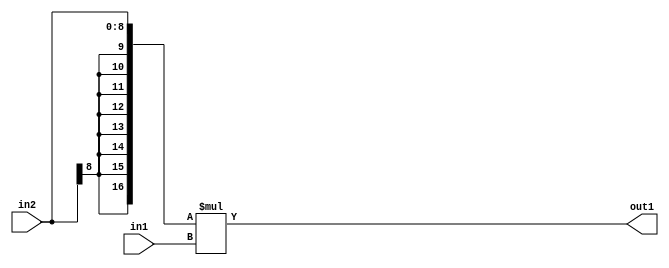
`timescale 1ps / 1ps
/*****************************************************************************
    Verilog RTL Description
    
    
    Created by: Stratus DpOpt 2019.1.01 
*******************************************************************************/

module SobelFilter_Mul_9Sx8U_17S_1 (
	in2,
	in1,
	out1
	); /* architecture "behavioural" */ 
input [8:0] in2;
input [7:0] in1;
output [16:0] out1;
wire [16:0] asc001;

assign asc001 = 
	+({{8{in2[8]}}, in2} * in1);

assign out1 = asc001;
endmodule

/* CADENCE  ubDyQgk= : u9/ySgnWtBlWxVPRXgAZ4Og= ** DO NOT EDIT THIS LINE ******/